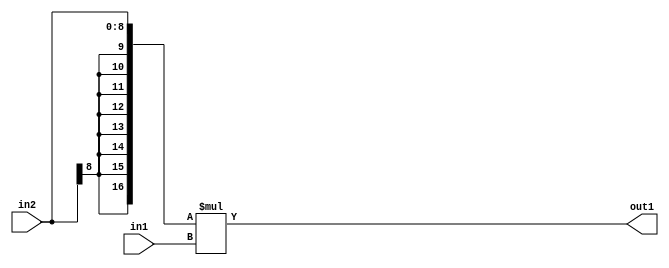
`timescale 1ps / 1ps
/*****************************************************************************
    Verilog RTL Description
    
    
    Created by: Stratus DpOpt 2019.1.01 
*******************************************************************************/

module SobelFilter_Mul_9Sx8U_17S_1 (
	in2,
	in1,
	out1
	); /* architecture "behavioural" */ 
input [8:0] in2;
input [7:0] in1;
output [16:0] out1;
wire [16:0] asc001;

assign asc001 = 
	+({{8{in2[8]}}, in2} * in1);

assign out1 = asc001;
endmodule

/* CADENCE  ubDyQgk= : u9/ySgnWtBlWxVPRXgAZ4Og= ** DO NOT EDIT THIS LINE ******/